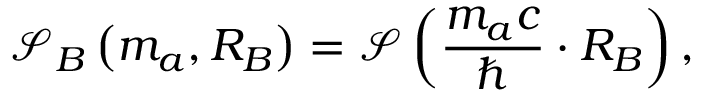
\mathcal S _ { B } \left( m _ { a } , R _ { B } \right) = \mathcal S \left( \frac { m _ { a } c } { \hbar } \cdot R _ { B } \right) ,